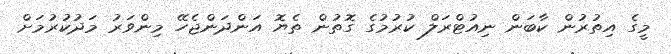
މީގެ އިތުރުން ކާބަން ނިއުޓްރަލް ކުރުމުގެ ގޮތުން ތެޔޮ އަންދަންޖެހޭ މިންވަރު މަދުކުރުމަށް